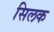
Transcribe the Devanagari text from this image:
सिलक